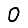
Digit: 0